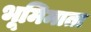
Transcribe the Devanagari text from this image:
भूमिमाता